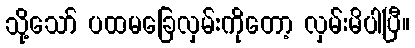
သို့သော် ပထမခြေလှမ်းကိုတော့ လှမ်းမိပါပြီ။